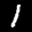
Label: 1